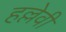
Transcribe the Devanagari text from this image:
हल्लेवी